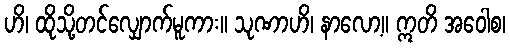
ဟိ၊ ထိုသို့တင်လျှောက်မူကား။ သုဏာဟိ၊ နာလော့။ ဣတိ အဝေါစ၊